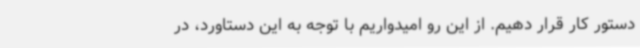
دستور کار قرار دهیم. از این رو امیدواریم با توجه به این دستاورد، در